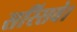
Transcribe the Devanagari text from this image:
सरिसवे।